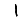
Digit: 1